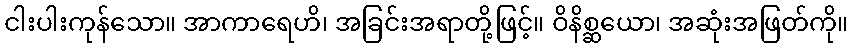
ငါးပါးကုန်သော။ အာကာရေဟိ၊ အခြင်းအရာတို့ဖြင့်။ ဝိနိစ္ဆယော၊ အဆုံးအဖြတ်ကို။